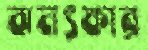
ঝনৎকার